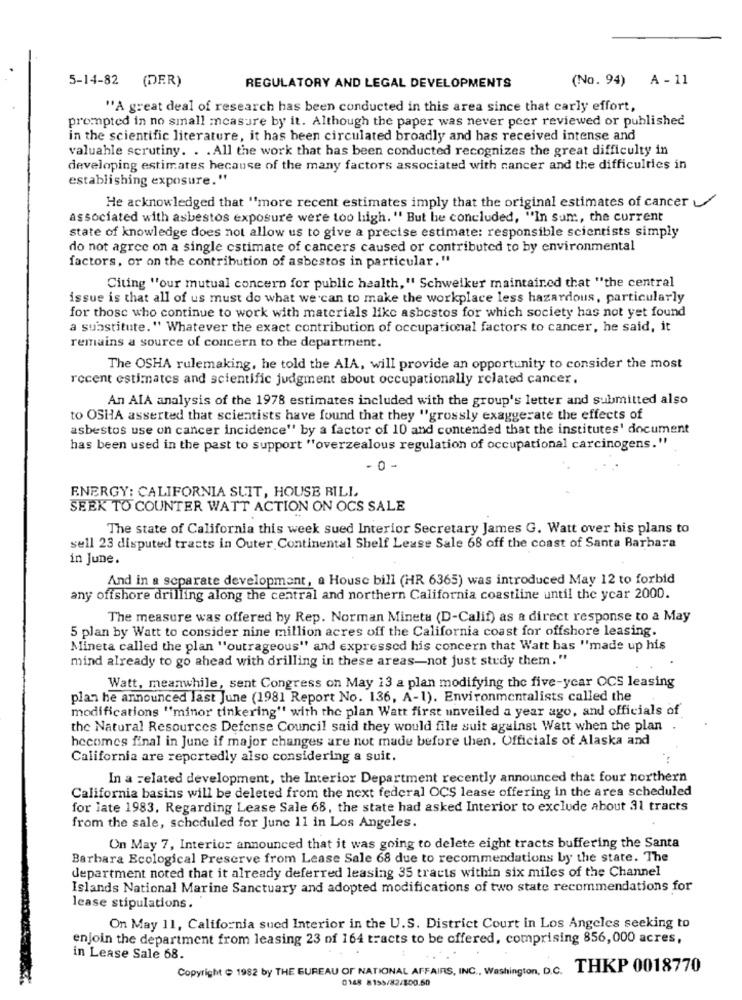
5-14-82 (DER)
(No. 94) A - 11
REGULATORY AND LEGAL DEVELOPMENTS
"A great deal of research has been conducted in this area since that carly effort,
prompted in no small measure by it. Although the paper was never peer reviewed or published
in the scientific literature, it has been circulated broadly and has received intense and
valuable scrutiny. . . All the work that has been conducted recognizes the great difficulty in
developing estimates hecause of the many factors associated with cancer and the difficulties in
establishing exposure."
He acknowledged that "more recent estimates imply that the original estimates of cancer
associated with asbestos exposure were too high. " But be concluded, "In sum, the current
state of knowledge does not allow us to give a precise estimate: responsible scientists simply
do not agree on a single estimate of cancers caused or contributed to by environmental
factors, or on the contribution of asbestos in particular."
Citing "our mutual concern for public health," Schweiker maintained that "the central
issue is that all of us must do what we can to make the workplace less hazardous, particularly
for those who continue to work with materials like asbestos for which society has not yet found
a substitute." Whatever the exact contribution of occupational factors to cancer, he said, it
remains a source of concern to the department.
The OSHA rulemaking, he told the AlA, will provide an opportunity to consider the most
recent estimates and scientific judgment about occupationally related cancer.
An AIA analysis of the 1978 estimates included with the group's letter and submitted also
to OSHA asserted that scientists have found that they "grossly exaggerate the effects of
asbestos use on cancer incidence'' by a factor of 10 and contended that the institutes' document
has been used in the past to support "overzealous regulation of occupational carcinogens."
- 0 -
ENERGY: CALIFORNIA SUIT, HOUSE RILI
SEEK TO COUNTER WATT ACTION ON OCS SALE
The state of California this week sued Interior Secretary James G. Watt over his plans to
sell 23 disputed tracts in Outer Continental Shelf Lease Sale 68 off the coast of Santa Barbara
in June.
And in a separate development, a House bill (HR 6365) was introduced May 12 to forbid
any offshore drilling along the central and northern California coastline until the year 2000.
The measure was offered by Rep. Norman Mineta (D-Calif) as a direct response to a May
5 plan by Watt to consider nine million acres off the California coast for offshore leasing.
Mineta called the plan "outrageous" and expressed his concern that Watt has "made up his
mind already to go ahead with drilling in these areas-not just study them."
Watt, meanwhile, sent Congress on May 13 a plan modifying the five-year OCS leasing
plan he announced last June (1981 Report No. 136, A-1). Environmentalists called the
modifications "minor tinkering" with the plan Watt first unveiled a year ago, and officials of
the Natural Resources Defense Council said they would file suit against Watt when the plan
hecomes final in June if major changes are not made before then. Officials of Alaska and
California are reportedly also considering a suit.
In a related development, the Interior Department recently announced that four northern
California basins will be deleted from the next federal OCS lease offering in the area scheduled
for late 1983. Regarding Lease Sale 68, the state had asked Interior to exclude about 31 tracts
from the sale, scheduled for June 11 in Los Angeles.
On May 7, Interior announced that it was going to delete eight tracts buffering the Santa
Barbara Ecological Preserve from Lease Sale 68 due to recommendations by the state. The
department noted that it already deferred leasing 35 tracts within six miles of the Channel
Islands National Marine Sanctuary and adopted modifications of two state recommendations for
lease stipulations.
On May 11, California sued Interior in the U.S. District Court in Los Angeles seeking to
enjoin the department from leasing 23 of 164 tracts to be offered, comprising 856, 000 acres,
in Lease Sale 68.
Copyright ( 1982 by THE BUREAU OF NATIONAL AFFAIRS, INC ., Washington, D.c. THKP 0018770
0148 8155/82/100.50